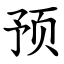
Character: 预